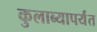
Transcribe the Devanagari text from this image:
कुलाब्यापर्यंत